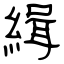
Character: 緝